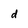
Character: d